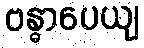
ဗန္ဓာပေယျ